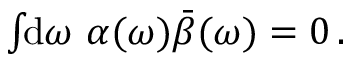
\begin{array} { r } { \int \! \! \mathrm { d } \omega \, \, \alpha ( \omega ) \bar { \beta } ( \omega ) = 0 \, . } \end{array}